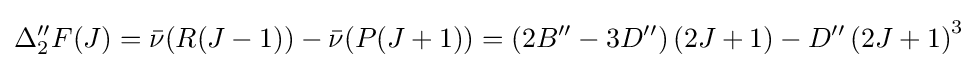
\Delta _{2}^{\prime \prime }F(J)={\bar {\nu }}(R(J-1))-{\bar {\nu }}(P(J+1))=(2B^{\prime \prime }-3D^{\prime \prime })\left(2J+1\right)-D^{\prime \prime }\left(2J+1\right)^{3}